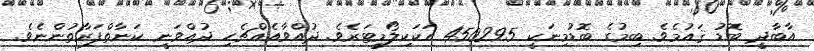
އާބާދީ ބޮޑު ޤައުމެވެ. ބިމުގެ ބޮޑުމިނަކީ 450295 އަކަކިލޯމީޓަރެވެ. ދުއްވާއެއްޗެހި ދުއްވަނީ ކަނާތްފަރާތުންނެވެ.